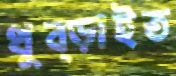
থুব্‌ড়াইত